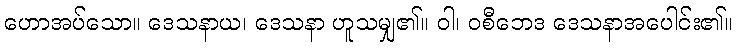
ဟောအပ်သော။ ဒေသနာယ၊ ဒေသနာ ဟူသမျှ၏။ ဝါ၊ ဝစီဘေဒ ဒေသနာအပေါင်း၏။